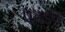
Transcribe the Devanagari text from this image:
प्रचंडच